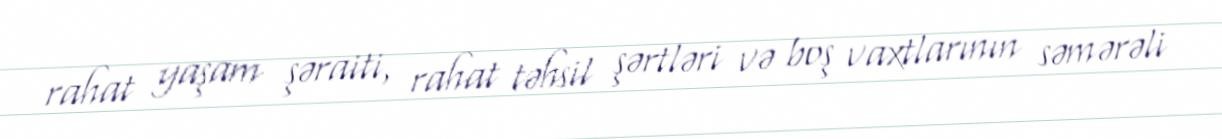
rahat yaşam şəraiti, rahat təhsil şərtləri və boş vaxtlarının səmərəli